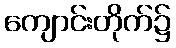
ကျောင်းတိုက်၌